Report on lock hospitals in British Burma
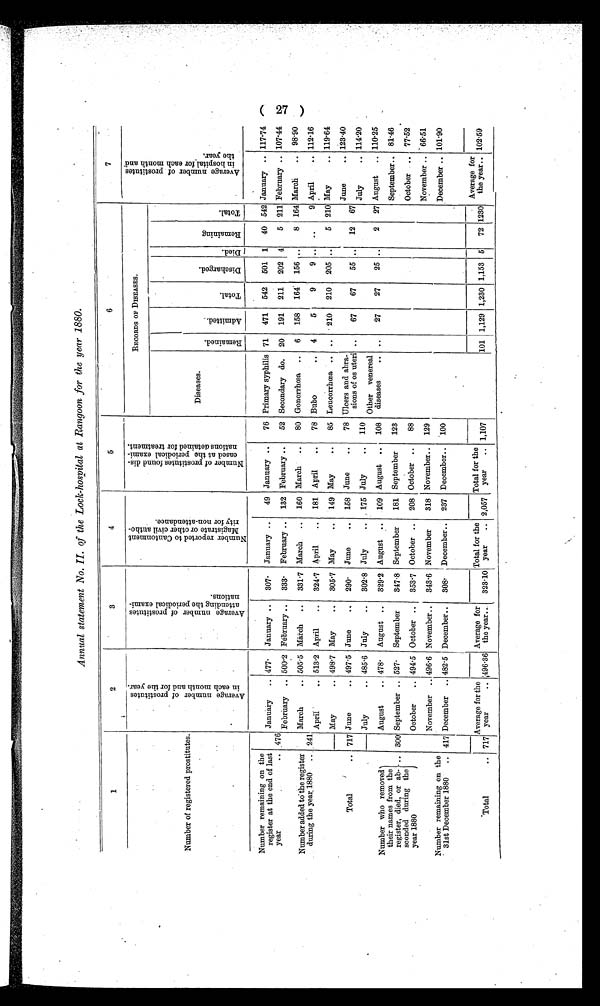
Annual statement No. II. of the Lock-hospital at Rangoon for the year 1880.
1
2
3
4
5
6
7
Number of registered prostitutes.
A v e r a g e n u m b e r o f p r o s t i t u t e s i n e a c h m o n t h a n d f o r t h e y e a r .
A v e r a g e n u m b e r o f p r o s t i t u t e s a t t e n d i n g t h e p e r i o d i c a l e x a m i n a t i o n s .
N u m b e r r e p o r t e d t o C a n t o n m e n t M a g e s t r a t e o r o t h e r c i v i l a u t h o r i t y f o r n o n - a t t e n d a n c e .
N u m b e r o f p r o s t i t u t e s f o u n d d i s e a s e d a t t h e p e r i o d i c a l e x a m i n a t i o n s d e t a i n e d f o r t r e a t m e n t .
RECORDS OF DISEASES.
A v e r a g e n u m b e r o f p r o s t i t u t e s i n h o s p i t a l f o r e a c h m o n t h a n d t h e y e a r .
Diseases.
.
R e m a i n e d .
A d d m i t t e d .
T o t a l .
D i s c h a r g e d .
D i e d .
R e m a i n i n g .
T o t a l . .
Number remaining on the
register at the end of last
year
.. 476
January
.. 477.
January ..
307.
January ..
49 January ..
76 Primary syphilis 71
471
542
501 1
40 542 January .. 117.74
February .. 500.2 February ..
333.
February ..
132 February ..
52 Secondary do.
20
191
211
202 4
5 211 February .. 107.44
Number added to the register
during the year 1880
.. 241
March
.. 505 . 5 March
..
331 .7 March
..
160 March
..
80 Gonorrhœa ..
6
158
164 156 ..
8 164 March
..
98.90
April
.. 513.2 April
..
324.7 April
..
181 April
..
78 Bubo
..
4
5
9
9 .. ..
9 April
.. 112.16
Total
..
May
.. 498. 7 May
..
305.7 May
..
149 May
..
85 Leucorrhœa .. ..
210
210
205 ..
5 210 May
.. 119.64
717 June
.. 497.5 June
..
290.
June
..
158 June
..
78 Ulcers and abra-
sions of os uteri ..
67
67
55 ..
12
67
June
.. 123.40
July
.. 114.20
July
.. 485.6 July
..
302.8 July
. .
175 July
..
110
Other venereal
diseases
.. ..
27
27
25 ..
2
27 August
. . 110.25
Number who removed
their names from the
register, died, or ab-
sconded during the
year 1880
August
.. 478.
August ..
329 .2 August ..
109 August ..
108
300 September .. 527.
September
347.8 September
181 September
123
September.. 81.46
October
.. 494. 5 October ..
353 . 7 October ..
208 October ..
88
October .. 77.52
Number remaining on the
31st December 1880
..
November .. 496. 6 November..
343 .
6
November
318 November..
129
November .. 66.51
417 December .. 482 .5 December..
308. December..
237 December..
100
December .. 101.90
-Total
.. 717
Average for the
year
.. 496 .36
Average for
the year..
323.10
Total for the
year
.. 2,057
Total for the
year
.. 1,107
101 1,129 1,230 1,153 5
72 1230
Average for
the year.. 102.59
(27)